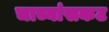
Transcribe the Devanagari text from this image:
चाच्यांसकट